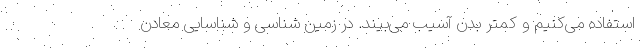
استفاده می‌کنیم و کمتر بدن آسیب می‌بیند. در زمین شناسی و شناسایی معادن